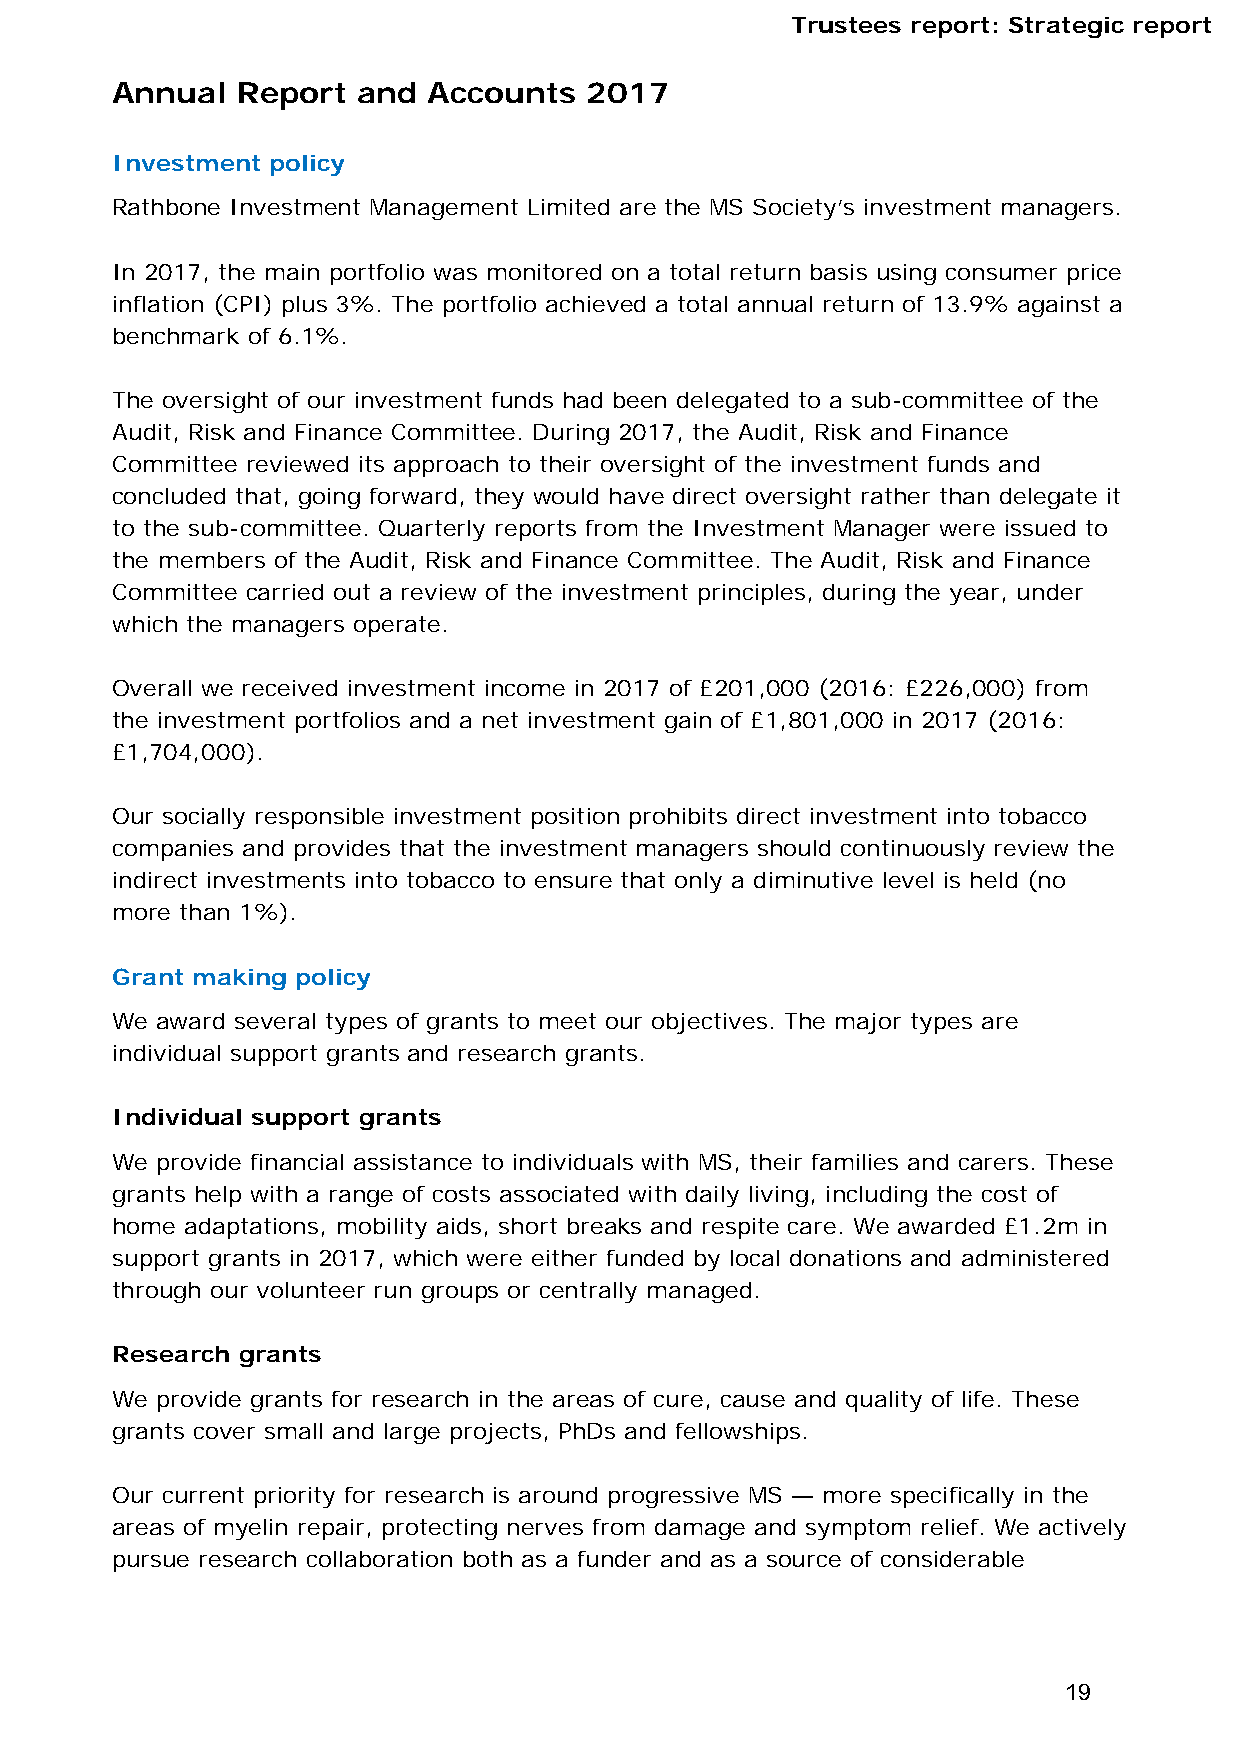
Trustees report: Strategic report
 Annual   Report  and Accounts   2017
 Investment policy
 Rathbone Investment Management Limited are the MS Society’s investment managers.
 In 2017, the main portfolio was monitored on a total return basis using consumer price
 inflation (CPI) plus 3%. The portfolio achieved a total annual return of 13.9% against a
 benchmark of 6.1%.
 The oversight of our investment funds had been delegated to a sub-committee of the
 Audit, Risk and Finance Committee. During 2017, the Audit, Risk and Finance
 Committee reviewed its approach to their oversight of the investment funds and
 concluded that, going forward, they would have direct oversight rather than delegate it
 to the sub-committee. Quarterly reports from the Investment Manager were issued to
 the members of the Audit, Risk and Finance Committee. The Audit, Risk and Finance
 Committee carried out a review of the investment principles, during the year, under
 which the managers operate.
 Overall we received investment income in 2017 of £201,000 (2016: £226,000) from
 the investment portfolios and a net investment gain of £1,801,000 in 2017 (2016:
 £1,704,000).
 Our socially responsible investment position prohibits direct investment into tobacco
 companies and provides that the investment managers should continuously review the
 indirect investments into tobacco to ensure that only a diminutive level is held (no
 more than 1%).
 Grant making policy
 We award several types of grants to meet our objectives. The major types are
 individual support grants and research grants.
 Individual support grants
 We provide financial assistance to individuals with MS, their families and carers. These
 grants help with a range of costs associated with daily living, including the cost of
 home adaptations, mobility aids, short breaks and respite care. We awarded £1.2m in
 support grants in 2017, which were either funded by local donations and administered
 through our volunteer run groups or centrally managed.
 Research grants
 We provide grants for research in the areas of cure, cause and quality of life. These
 grants cover small and large projects, PhDs and fellowships.
 Our current priority for research is around progressive MS — more specifically in the
 areas of myelin repair, protecting nerves from damage and symptom relief. We actively
 pursue research collaboration both as a funder and as a source of considerable
 19